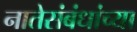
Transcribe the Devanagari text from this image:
नातेसंबंधांच्या